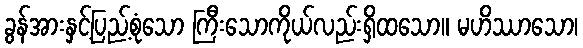
ခွန်အားနှင့်ပြည့်စုံသော ကြီးသောကိုယ်လည်းရှိထသော။ မဟိဿာသော၊